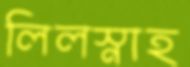
লিলস্নাহ